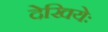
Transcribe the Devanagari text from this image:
देखियेः